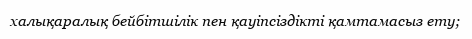
халықаралық бейбітшілік пен қауіпсіздікті қамтамасыз ету;